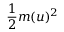
\frac { 1 } { 2 } m ( u ) ^ { 2 }